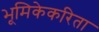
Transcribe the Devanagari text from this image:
भूमिकेकरिता